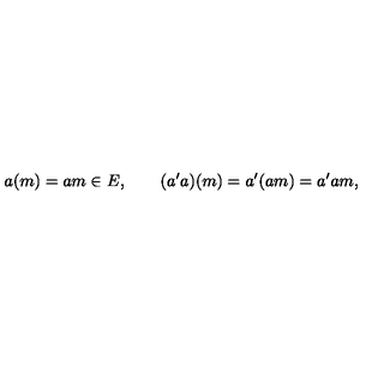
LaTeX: a ( m ) = a m \in E , \qquad ( a ^ { \prime } a ) ( m ) = a ^ { \prime } ( a m ) = a ^ { \prime } a m ,